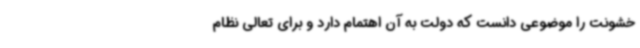
خشونت را موضوعی دانست که دولت به آن اهتمام دارد و برای تعالی نظام